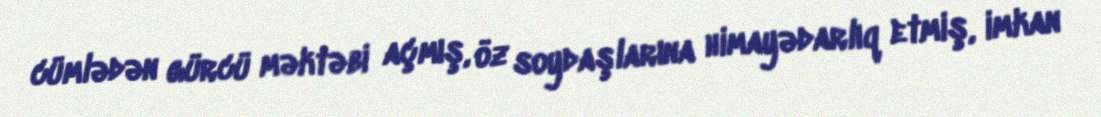
cümlədən gürcü məktəbi açmış, öz soydaşlarına himayədarlıq etmiş, imkan